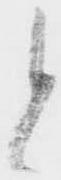
と